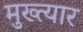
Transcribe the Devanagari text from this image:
मुख्त्यार